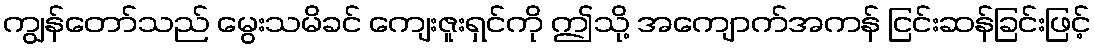
ကျွန်တော်သည် မွေးသမိခင် ကျေးဇူးရှင်ကို ဤသို့ အကျောက်အကန် ငြင်းဆန်ခြင်းဖြင့်